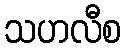
သဟလီစ